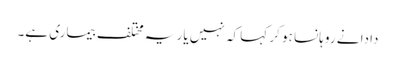
دادا نے روہانسا ہو کر کہا کہ نہیں یار یہ مختلف بیماری ہے۔